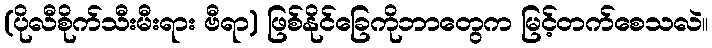
(ပိုလီစိုက်သီးမီးရား ဗီရာ) ဖြစ်နိုင်ခြေကိုဘာတွေက မြင့်တက်စေသလဲ။